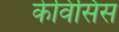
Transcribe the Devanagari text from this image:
केविंसिस